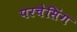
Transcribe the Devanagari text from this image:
परचेसिंग